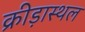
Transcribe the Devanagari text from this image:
क्रीड़ास्‍थल